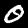
Label: 0